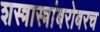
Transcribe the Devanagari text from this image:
शस्त्रास्त्रांबरोबरच